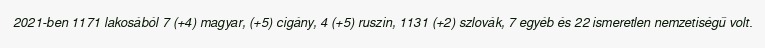
2021-ben 1171 lakosából 7 (+4) magyar, (+5) cigány, 4 (+5) ruszin, 1131 (+2) szlovák, 7 egyéb és 22 ismeretlen nemzetiségű volt.